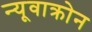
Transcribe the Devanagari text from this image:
न्यूवाक्रोन